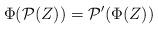
LaTeX: \begin{align*}\Phi( \mathcal{P}(Z)) = \mathcal{P}'(\Phi(Z))\end{align*}